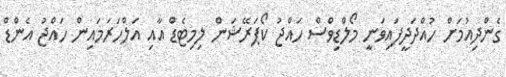
ގެންދިއުމަށް ހުއްދަދީފައިވަނީ މޯލްޑިވްސް ހައްޖު ކޯޕަރޭޝަން ލިމިޓެޑް އާއި އަލްހަރަމައިން ހައްޖު އެންޑް